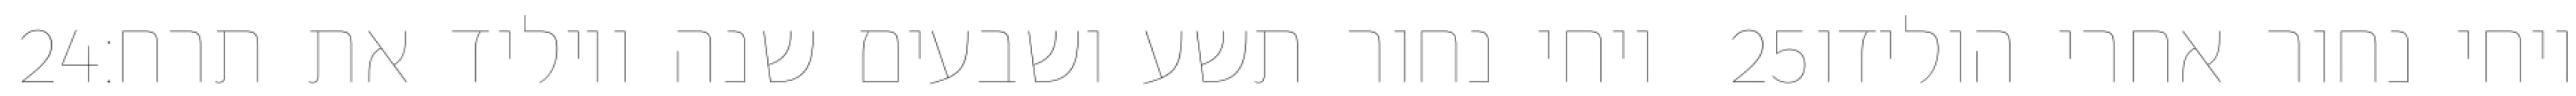
‎24‏ ויחי נחור תשע ושבעים שנה ויוליד את תרח׃ ‎25‏ ויחי נחור אחרי הולידו